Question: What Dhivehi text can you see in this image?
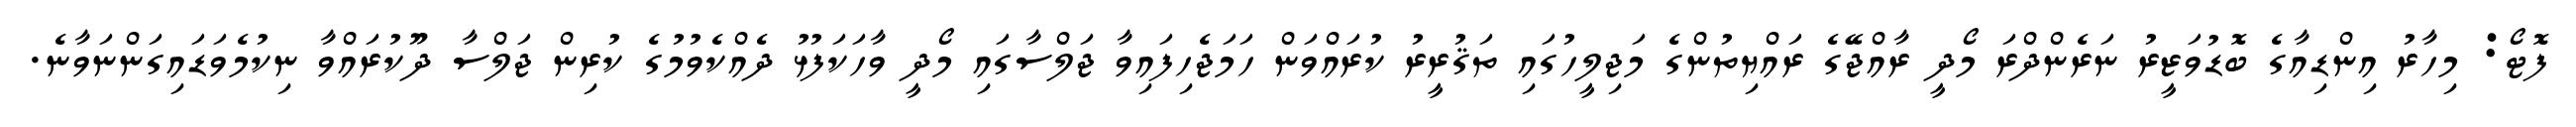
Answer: ފޮޓޯ: މިހާރު އިންޑިއާގެ ބޮޑުވަޒީރު ނަރެންދްރަ މޯދީ ރާއްޖޭގެ ރައްޔިތުންގެ މަޖިލީހުގައި ތަޤުރީރު ކުރައްވަން ހަމަޖެހިފައިވާ ޖަލްސާގައި މޯދީ ވާހަކަފުޅު ދެއްކެވުމުގެ ކުރިން ޖަލްސާ ދޫކުރައްވާ ނިކުމެވަޑައިގަންނަވާނެ.